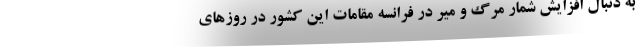
به دنبال افزایش شمار مرگ و میر در فرانسه مقامات این کشور در روزهای